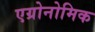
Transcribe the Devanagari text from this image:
एग्रोनोमिक